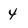
Character: Y